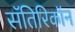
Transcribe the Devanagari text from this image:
सॅतिरिकॉन